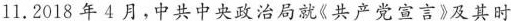
11.2018年4月，中共中央政治局就《共产党宣言》及其时